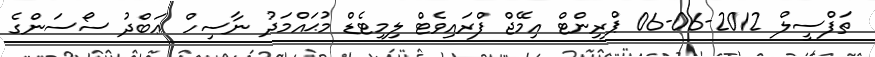
ތަފްސީލް 2012-06-06 ޕްރިންޓް އިމޭޖް ފްރައިވެޓް ލިމިޓެޑް މުޙައްމަދު ނާސިހް ޢަބްދު ސޯސަންގެ